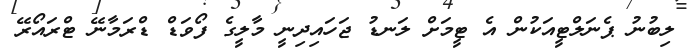
ލިބުނު ޕެނަލްޓީއަކުން އެ ޓީމަށް ލަނޑު ޖަހައިދިނީ މާލީގެ ފޯވަޑް ޑްރަމާނޭ ޓްރައޯރޭ